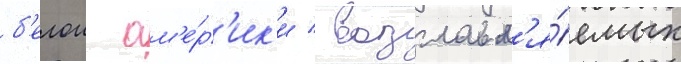
б'елои ам'е́р'ик'и / возглавл'я́емых